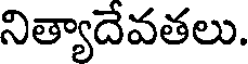
నిత్యాదేవతలు.